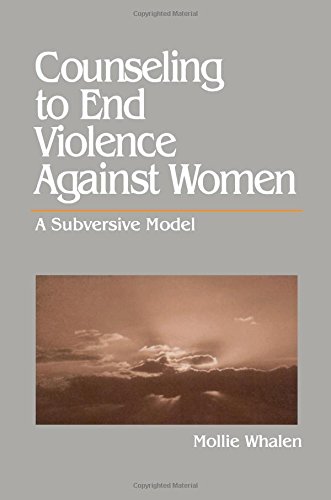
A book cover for Counseling to End Violence against Women: A Subversive Model; Mollie Whalen; Health, Fitness & Dieting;